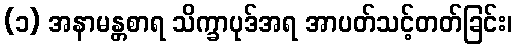
(၁) အနာမန္တစာရ သိက္ခာပုဒ်အရ အာပတ်သင့်တတ်ခြင်း၊